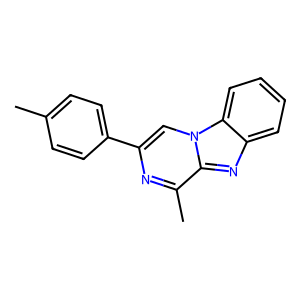
SMILES: Cc1ccc(-c2cn3c(nc4ccccc43)c(C)n2)cc1
Inhibits HIV replication: No